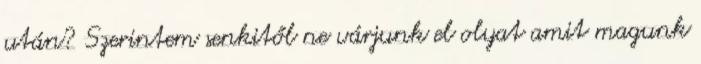
után? Szerintem senkitől ne várjunk el olyat amit magunk